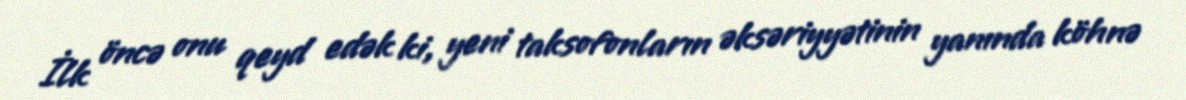
İlk öncə onu qeyd edək ki, yeni taksofonların əksəriyyətinin yanında köhnə